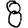
Digit: 8